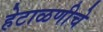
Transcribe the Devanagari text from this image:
हेटाळणीचे